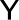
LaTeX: \textsf{Y}